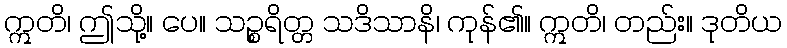
ဣတိ၊ ဤသို့။ ပေ။ သဉ္စရိတ္တ သဒိသာနိ၊ ကုန်၏။ ဣတိ၊ တည်း။ ဒုတိယ